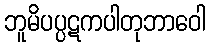
ဘူမိပပ္ပဋကပါတုဘာဝေါ